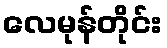
လေမုန်တိုင်း